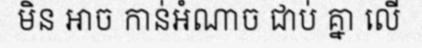
មិន អាច កាន់អំណាច ជាប់ គ្នា លើ